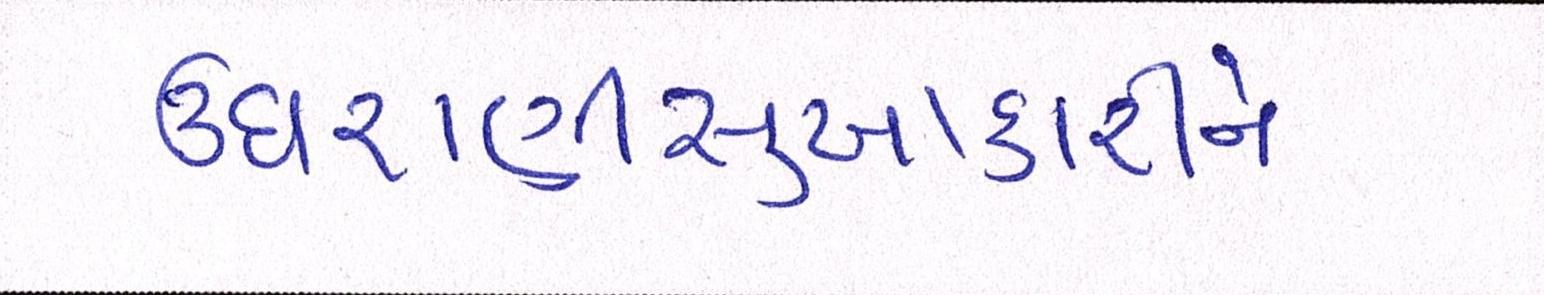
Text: ઉઘરાણીસુખાકારીને